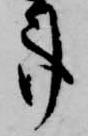
事